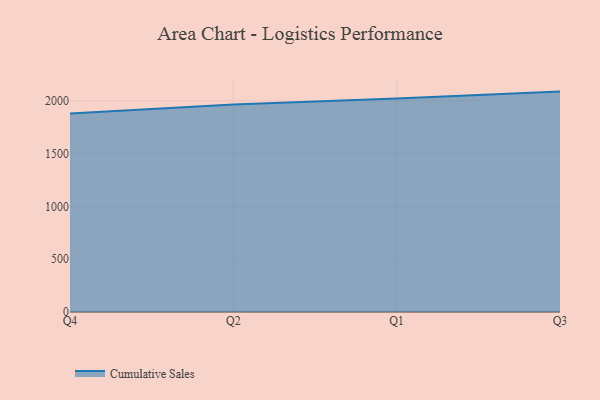
{"axis": {"x": "Quarter", "y": "LTV (USD)"}, "legend": ["Cumulative Sales"], "data": [{"x": "Q4", "y": 1879.5, "type": "Cumulative Sales"}, {"x": "Q2", "y": 1965.6, "type": "Cumulative Sales"}, {"x": "Q1", "y": 2022.7, "type": "Cumulative Sales"}, {"x": "Q3", "y": 2087.9, "type": "Cumulative Sales"}]}